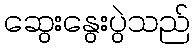
ဆွေးနွေးပွဲသည်